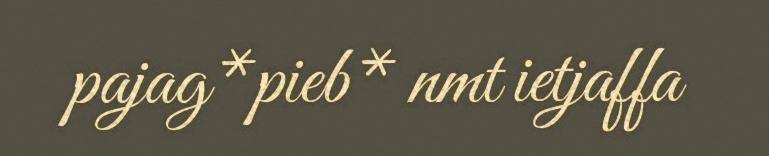
pajag*pieb* nmt ietjaffa